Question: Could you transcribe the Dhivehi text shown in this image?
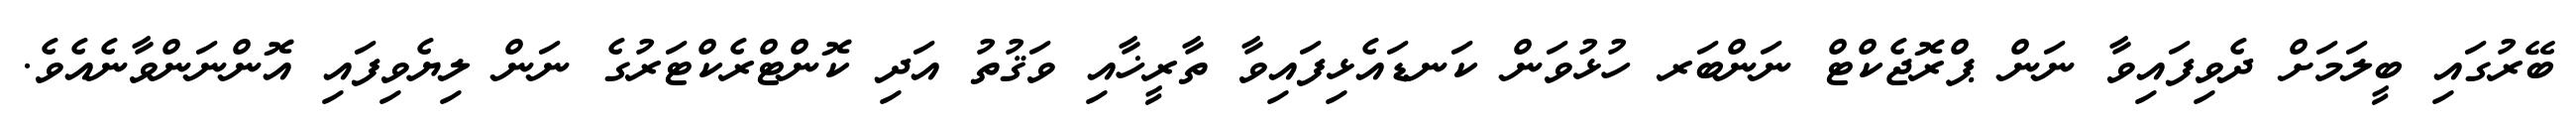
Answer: ބޭރުގައި ބީލަމަށް ދެވިފައިވާ ނަން ޕްރޮޖެކްޓް ނަންބަރ ހުޅުވަން ކަނޑައެޅިފައިވާ ތާރީޚާއި ވަޤުތު އަދި ކޮންޓްރެކްޓަރުގެ ނަން ލިޔެވިފައި އޮންނަންވާނެއެވެ.